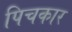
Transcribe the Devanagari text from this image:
पिचकार